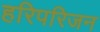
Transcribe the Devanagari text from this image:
हरिपरिजन